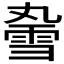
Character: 𫕣